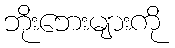
ဘိုးဘေးများကို